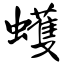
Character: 蠖